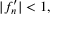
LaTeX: | f _ { n } ^ { \prime } | < 1 ,